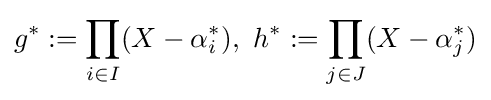
g^{*}:=\prod _{i\in I}(X-\alpha _{i}^{*}),\ h^{*}:=\prod _{j\in J}(X-\alpha _{j}^{*})